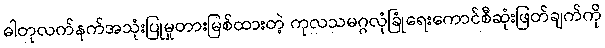
ဓါတုလက်နက်အသုံးပြုမှုတားမြစ်ထားတဲ့ ကုလသမဂ္ဂလုံခြုံရေးကောင်စီဆုံးဖြတ်ချက်ကို